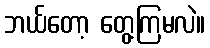
ဘယ်တော့ တွေ့ကြမလဲ။